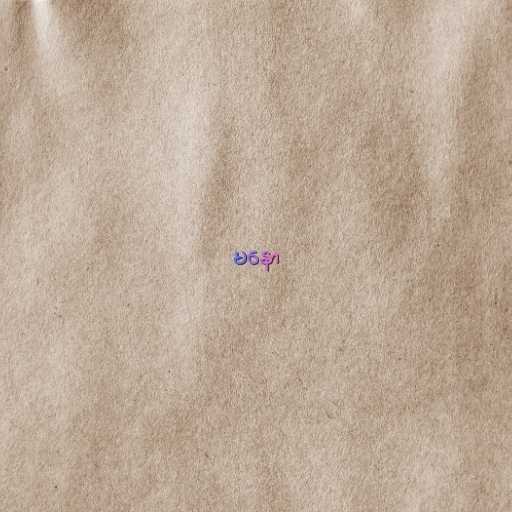
မနော